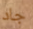
جاد